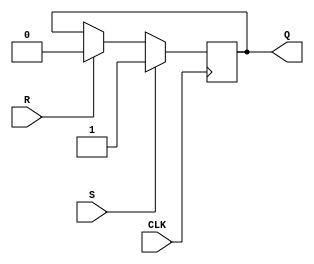
module sr_flipflop (
    input wire S,  // Set signal
    input wire R,  // Reset signal
    input wire CLK,  // Clock signal
    output reg Q  // Output signal
);

// Synchronous operation using positive edge of clock
always @(posedge CLK) begin
    if (S) begin
        Q <= 1;  // Set output to 1 when S is high
    end else if (R) begin
        Q <= 0;  // Reset output to 0 when R is high
    end
end

endmodule